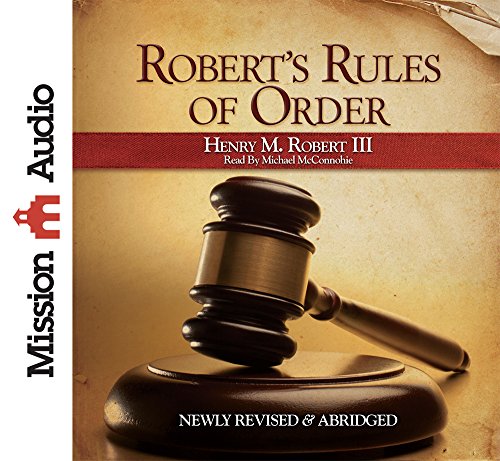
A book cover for Robert's Rules of Order; Henry M. Robert; Business & Money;